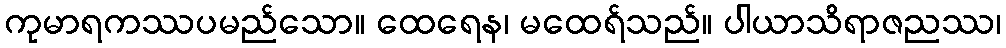
ကုမာရကဿပမည်သော။ ထေရေန၊ မထေရ်သည်။ ပါယာသိရာဇညဿ၊